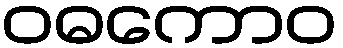
ဝဓကောဝ